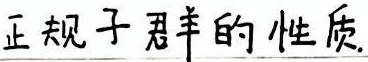
正规子群的性质。